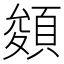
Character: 𩓀